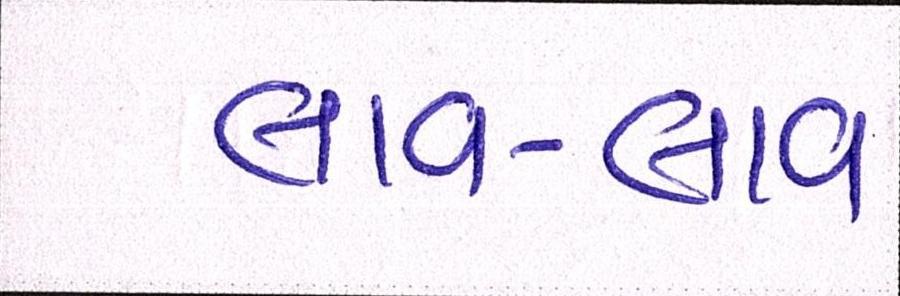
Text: લાવ-લાવ